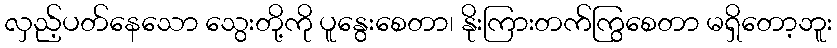
လှည့်ပတ်နေသော သွေးတို့ကို ပူနွေးစေတာ၊ နိုးကြားတက်ကြွစေတာ မရှိတော့ဘူး